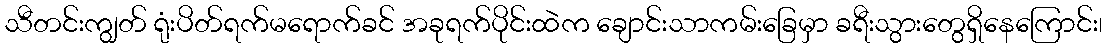
သီတင်းကျွတ် ရုံးပိတ်ရက်မရောက်ခင် အခုရက်ပိုင်းထဲက ချောင်းသာကမ်းခြေမှာ ခရီးသွားတွေရှိနေကြောင်း၊